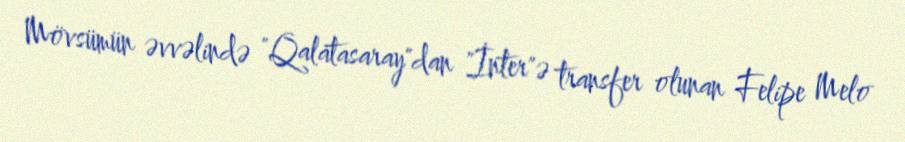
Mövsümün əvvəlində "Qalatasaray"dan "İnter"ə transfer olunan Felipe Melo